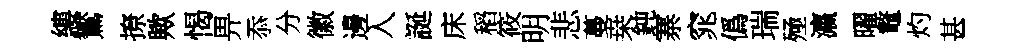
縷鸑撩歟愒畀忝分徽邊入誕床稻筱明悲蔓桒鈍寨窕僞瑞殛瀛曜鼇灼甚